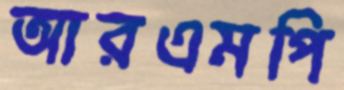
আরএমপি